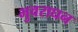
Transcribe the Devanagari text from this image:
भुवराघन